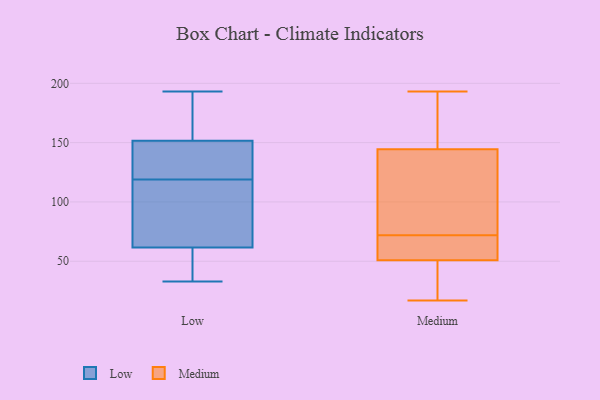
{"axis": {"x": "Bounce Rate (%)", "y": "Value"}, "legend": ["Low", "Medium"], "data": [{"x": "", "y": 134, "type": "Low"}, {"x": "", "y": 193, "type": "Low"}, {"x": "", "y": 81, "type": "Low"}, {"x": "", "y": 164, "type": "Low"}, {"x": "", "y": 64, "type": "Low"}, {"x": "", "y": 157, "type": "Low"}, {"x": "", "y": 138, "type": "Low"}, {"x": "", "y": 97, "type": "Low"}, {"x": "", "y": 58, "type": "Low"}, {"x": "", "y": 104, "type": "Low"}, {"x": "", "y": 140, "type": "Low"}, {"x": "", "y": 186, "type": "Low"}, {"x": "", "y": 33, "type": "Low"}, {"x": "", "y": 47, "type": "Low"}, {"x": "", "y": 59, "type": "Low"}, {"x": "", "y": 146, "type": "Low"}, {"x": "", "y": 142, "type": "Medium"}, {"x": "", "y": 86, "type": "Medium"}, {"x": "", "y": 152, "type": "Medium"}, {"x": "", "y": 47, "type": "Medium"}, {"x": "", "y": 65, "type": "Medium"}, {"x": "", "y": 24, "type": "Medium"}, {"x": "", "y": 127, "type": "Medium"}, {"x": "", "y": 17, "type": "Medium"}, {"x": "", "y": 71, "type": "Medium"}, {"x": "", "y": 72, "type": "Medium"}, {"x": "", "y": 54, "type": "Medium"}, {"x": "", "y": 152, "type": "Medium"}, {"x": "", "y": 165, "type": "Medium"}, {"x": "", "y": 193, "type": "Medium"}, {"x": "", "y": 44, "type": "Medium"}, {"x": "", "y": 52, "type": "Medium"}, {"x": "", "y": 118, "type": "Medium"}]}